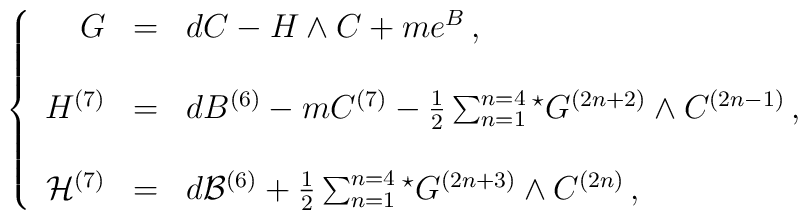
\left\{\begin{array}{rcl}G & = & dC -H\wedge C +m e^{B}\, ,\\& & \\H^{(7)} & = & dB^{(6)} -m C^{(7)} -\frac{1}{2} \sum_{n=1}^{n=4} {}^{\star} G^{(2n+2)}\wedge C^{(2n-1)}\, ,\\& & \\{\cal H}^{(7)} & = &  d{\cal B}^{(6)} +\frac{1}{2} \sum_{n=1}^{n=4} {}^{\star} G^{(2n+3)}\wedge C^{(2n)}\, ,\\\end{array}\right.